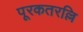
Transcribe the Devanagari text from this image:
पूरकतरल्लि